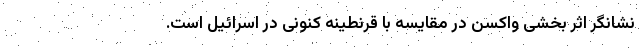
نشانگر اثر بخشی واکسن در مقایسه با قرنطینه کنونی در اسرائیل است.